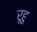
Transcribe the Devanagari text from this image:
रूहु